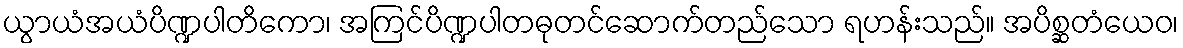
ယွာယံအယံပိဏ္ဍပါတိကော၊ အကြင်ပိဏ္ဍပါတဓုတင်ဆောက်တည်သော ရဟန်းသည်။ အပိစ္ဆတံယေဝ၊